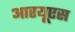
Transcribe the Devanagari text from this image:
आरयूएस